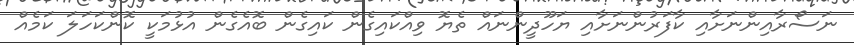
ނަސޯރާއިންނަށާއި ކާފަރުންނަށާއި ޔަހޫދީންނައް ތެޔޮ ވިއްކައިގެން ކައިގެން ބޮއެގެން އުޅުމަކީ ކޮންކަހަލަ ކަމެއް